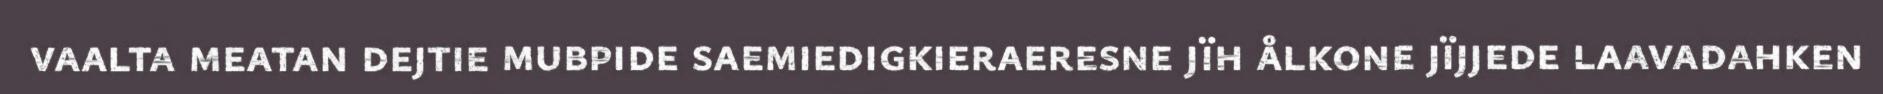
vaalta meatan dejtie mubpide saemiedigkieraeresne jïh ålkone jïjjede laavadahken